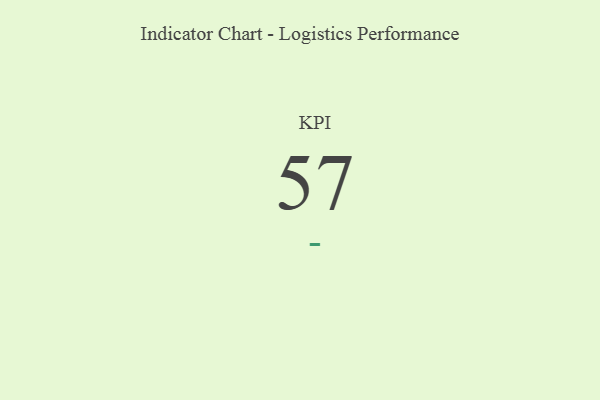
{"axis": {"x": "KPI", "y": "Value"}, "legend": [""], "data": [{"x": "KPI", "y": 57, "type": ""}]}